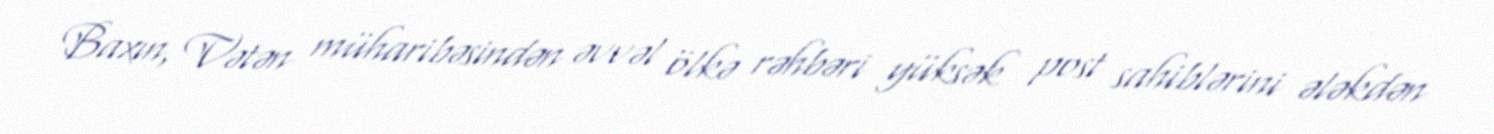
Baxın, Vətən müharibəsindən əvvəl ölkə rəhbəri yüksək post sahiblərini ələkdən